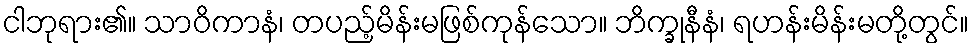
ငါဘုရား၏။ သာဝိကာနံ၊ တပည့်မိန်းမဖြစ်ကုန်သော။ ဘိက္ခုနီနံ၊ ရဟန်းမိန်းမတို့တွင်။